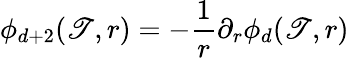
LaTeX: \phi_{d+2}(\mathscr{T},r)=-\frac{{1}}{{r}}\partial_{r}\phi_{d}(\mathscr{T},r)